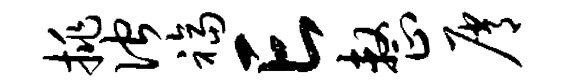
挑伫福亡整屑